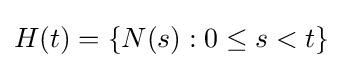
H(t)=\{N(s):0\leq s<t\}